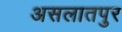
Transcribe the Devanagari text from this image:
असलातपुर